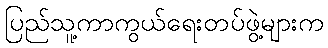
ပြည်သူ့ကာကွယ်ရေးတပ်ဖွဲ့များက